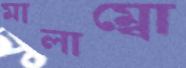
মালাম্বো